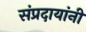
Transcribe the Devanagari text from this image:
संप्रदायांनी